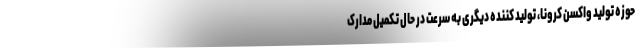
حوزه تولید واکسن کرونا، تولید کننده دیگری به سرعت در حال تکمیل مدارک